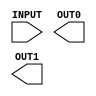
////////////////////////////////////////////////////////////////////////////////
//
//       This confidential and proprietary software may be used only
//     as authorized by a licensing agreement from Synopsys Inc.
//     In the event of publication, the following notice is applicable:
//
//                    (C) COPYRIGHT 2000  - 2016 SYNOPSYS INC.
//                           ALL RIGHTS RESERVED
//
//       The entire notice above must be reproduced on all authorized
//     copies.
//
//
// VERSION:   Verilog Simulation Model for DW02_tree
//
// DesignWare_version: db1cd4b3
// DesignWare_release: K-2015.06-DWBB_201506.5.2
//
////////////////////////////////////////////////////////////////////////////////

//-----------------------------------------------------------------------------------
//
// ABSTRACT:  Wallace Tree Summer with Carry Save output
//
// MODIFIED:
//            Aamir Farooqui 7/11/02
//            Corrected parameter checking, simplied sim model, and X_processing
//
//------------------------------------------------------------------------------
//

`ifdef VCS
`include "vcs/DW02_tree.v"
`else

module DW02_tree( INPUT, OUT0, OUT1 );

// parameters
parameter num_inputs = 8;
parameter input_width = 8;
parameter verif_en = 1;

//-----------------------------------------------------------------------------
// ports
input [num_inputs*input_width-1 : 0]	INPUT;
output [input_width-1:0]		OUT0, OUT1;

//-----------------------------------------------------------------------------
// synopsys translate_off
reg    [input_width-1:0]		OII0OOOI, O001l0I0;

//-----------------------------------------------------------------------------
  
 
  initial begin : parameter_check
    integer param_err_flg;

    param_err_flg = 0;
    
    
    if (num_inputs < 1) begin
      param_err_flg = 1;
      $display(
	"ERROR: %m :\n  Invalid value (%d) for parameter num_inputs (lower bound: 1)",
	num_inputs );
    end
    
    if (input_width < 1) begin
      param_err_flg = 1;
      $display(
	"ERROR: %m :\n  Invalid value (%d) for parameter input_width (lower bound: 1)",
	input_width );
    end
    
    if ( (verif_en < 0) || (verif_en > 1) ) begin
      param_err_flg = 1;
      $display(
	"ERROR: %m :\n  Invalid value (%d) for parameter verif_en (legal range: 0 to 1)",
	verif_en );
    end
  
    if ( param_err_flg == 1) begin
      $display(
        "%m :\n  Simulation aborted due to invalid parameter value(s)");
      $finish;
    end

  end // parameter_check 


  initial begin : verif_en_warning
    $display("The parameter verif_en is set to 0 for this simulator.\nOther values for verif_en are enabled only for VCS.");
  end // verif_en_warning

//-----------------------------------------------------------------------------



always @ (INPUT) begin : IIIIO1Ol
  reg [input_width-1 : 0] I0lII01I [0 : num_inputs-1];
  reg [input_width-1 : 0] l10III00 [0 : num_inputs-1];
  reg [input_width-1 : 0] IIIO00Ol, lI0OII0O;
  integer I1I1O00I, O1OIIOII, IlI01lIO;

  for (O1OIIOII=0 ; O1OIIOII < num_inputs ; O1OIIOII=O1OIIOII+1) begin
    for (IlI01lIO=0 ; IlI01lIO < input_width ; IlI01lIO=IlI01lIO+1) begin
      IIIO00Ol[IlI01lIO] = INPUT[O1OIIOII*input_width+IlI01lIO];
    end // for IlI01lIO
    I0lII01I[O1OIIOII] = IIIO00Ol;
  end // for O1OIIOII

  I1I1O00I = num_inputs;

  while (I1I1O00I > 2)
  begin
    for (O1OIIOII=0 ; O1OIIOII < (I1I1O00I/3) ; O1OIIOII = O1OIIOII+1) begin
      l10III00[O1OIIOII*2] = I0lII01I[O1OIIOII*3] ^ I0lII01I[O1OIIOII*3+1] ^ I0lII01I[O1OIIOII*3+2];

      lI0OII0O = (I0lII01I[O1OIIOII*3] & I0lII01I[O1OIIOII*3+1]) |
                     (I0lII01I[O1OIIOII*3+1] & I0lII01I[O1OIIOII*3+2]) |
                     (I0lII01I[O1OIIOII*3] & I0lII01I[O1OIIOII*3+2]);

      l10III00[O1OIIOII*2+1] = lI0OII0O << 1;
    end
    if ((I1I1O00I % 3) > 0) begin
      for (O1OIIOII=0 ; O1OIIOII < (I1I1O00I % 3) ; O1OIIOII = O1OIIOII + 1)
        l10III00[2 * (I1I1O00I/3) + O1OIIOII] = I0lII01I[3 * (I1I1O00I/3) + O1OIIOII];
    end

    for (O1OIIOII=0 ; O1OIIOII < num_inputs ; O1OIIOII = O1OIIOII + 1)
      I0lII01I[O1OIIOII] = l10III00[O1OIIOII];
    I1I1O00I = I1I1O00I - (I1I1O00I/3);
  end
  OII0OOOI = I0lII01I[0];
  if (I1I1O00I > 1)
    O001l0I0 = I0lII01I[1];
  else
    O001l0I0 = {input_width{1'b0}};
end // IIIIO1Ol


assign OUT0 = (^(INPUT ^ INPUT) !== 1'b0) ? {input_width{1'bx}} : OII0OOOI;
assign OUT1 = (^(INPUT ^ INPUT) !== 1'b0) ? {input_width{1'bx}} : O001l0I0;

// synopsys translate_on

endmodule
`endif